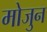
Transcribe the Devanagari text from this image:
मोजुन